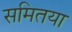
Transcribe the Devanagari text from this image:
समितया